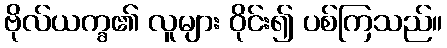
ဗိုလ်ယက္ခ၏ လူများ ဝိုင်း၍ ပစ်ကြသည်။